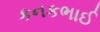
કનકભાઈ